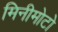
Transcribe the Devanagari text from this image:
मिनीमोटो